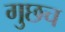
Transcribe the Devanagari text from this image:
गुछच